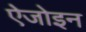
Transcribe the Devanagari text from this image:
ऐजोइन